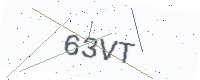
Text: 63VT